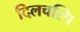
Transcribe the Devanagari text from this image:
दिलचस्पि